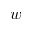
w